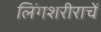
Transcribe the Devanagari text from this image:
लिंगशरीराचें